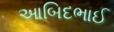
આબિદભાઈ